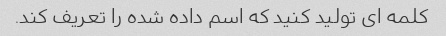
کلمه ای تولید کنید که اسم داده شده را تعریف کند.